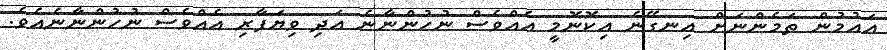
އައުމުން ތަމެންނަށް އިނގޭނެ އިކޮނޮމީ އެއްވެސް ނުހުންނާނެ އަދި ވިޔަފާރި އެއްވެސް ނުހުންނާނެއެވެ.